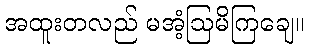
အထူးတလည် မအံ့ဩမိကြချေ။